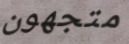
متجهون